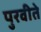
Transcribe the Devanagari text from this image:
पुरवीते